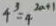
4 ^ { 3 } = 4 ^ { 2 n + 1 }